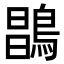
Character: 𪂇